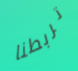
تربطنا